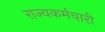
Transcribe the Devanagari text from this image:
राज्यकर्मचारी